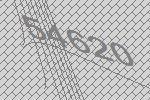
54620